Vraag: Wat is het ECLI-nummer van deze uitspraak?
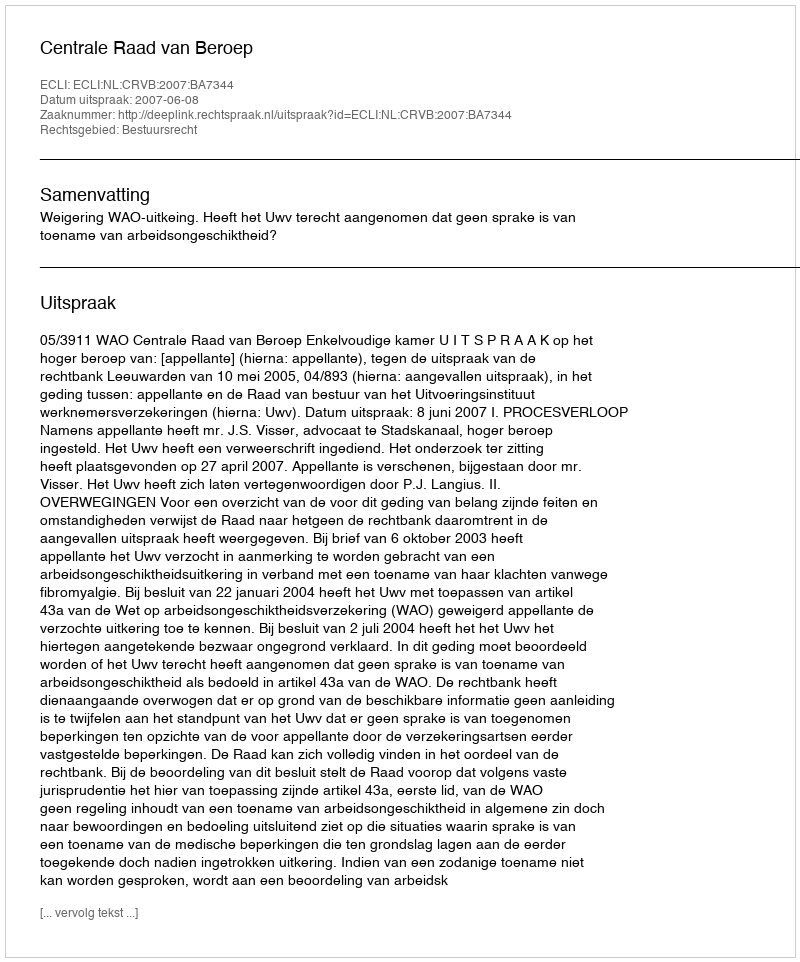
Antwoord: ECLI:NL:CRVB:2007:BA7344